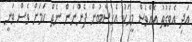
އަދި އެވަގުތު އެއްވެސް މީހަކު އެހިސާބުން ފެންނަން ނެތް ކަމަށް ވެސް ވަނީ